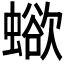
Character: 𧐄